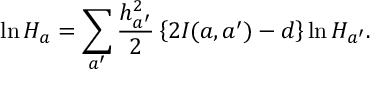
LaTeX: \ln H _ { a } = \sum _ { a ^ { \prime } } \frac { h _ { a ^ { \prime } } ^ { 2 } } { 2 } \left\{ 2 I ( a , a ^ { \prime } ) - d \right\} \ln H _ { a ^ { \prime } } .